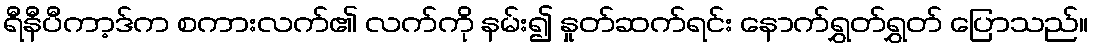
ရီနီပီကာ့ဒ်က စကားလက်၏ လက်ကို နမ်း၍ နှုတ်ဆက်ရင်း နောက်ရွှတ်ရွှတ် ပြောသည်။